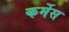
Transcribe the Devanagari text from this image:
कर्मेस